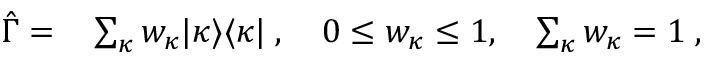
\begin{array} { r l } { \hat { \Gamma } = } & { { } \sum _ { \kappa } w _ { \kappa } | \kappa \rangle \langle \kappa | \; , ~ ~ ~ 0 \leq w _ { \kappa } \leq 1 , ~ ~ ~ \sum _ { \kappa } w _ { \kappa } = 1 \; , } \end{array}